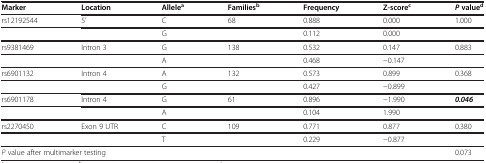
<table><thead><tr><td><b>Marker</b></td><td><b>Location</b></td><td><b>Allele<sup>a</sup></b></td><td><b>Families<sup>b</sup></b></td><td><b>Frequency</b></td><td><b>Z-score<sup>c</sup></b></td><td><b><i>P</i>value<sup>d</sup></b></td></tr></thead><tbody><tr><td>rs12192544</td><td>5’</td><td>C</td><td>68</td><td>0.888</td><td>0.000</td><td>1.000</td></tr><tr><td> </td><td> </td><td>G</td><td> </td><td>0.112</td><td>0.000</td><td> </td></tr><tr><td>rs9381469</td><td>Intron 3</td><td>G</td><td>138</td><td>0.532</td><td>0.147</td><td>0.883</td></tr><tr><td> </td><td> </td><td>A</td><td> </td><td>0.468</td><td>−0.147</td><td> </td></tr><tr><td>rs6901132</td><td>Intron 4</td><td>A</td><td>132</td><td>0.573</td><td>0.899</td><td>0.368</td></tr><tr><td> </td><td> </td><td>G</td><td> </td><td>0.427</td><td>−0.899</td><td> </td></tr><tr><td>rs6901178</td><td>Intron 4</td><td>G</td><td>61</td><td>0.896</td><td>−1.990</td><td><b><i>0.046</i></b></td></tr><tr><td> </td><td> </td><td>A</td><td> </td><td>0.104</td><td>1.990</td><td> </td></tr><tr><td>rs2270450</td><td>Exon 9 UTR</td><td>C</td><td>109</td><td>0.771</td><td>0.877</td><td>0.380</td></tr><tr><td> </td><td> </td><td>T</td><td> </td><td>0.229</td><td>−0.877</td><td> </td></tr><tr><td colspan="6"><i>P</i> value after multimarker testing</td><td>0.073</td></tr></tbody></table>